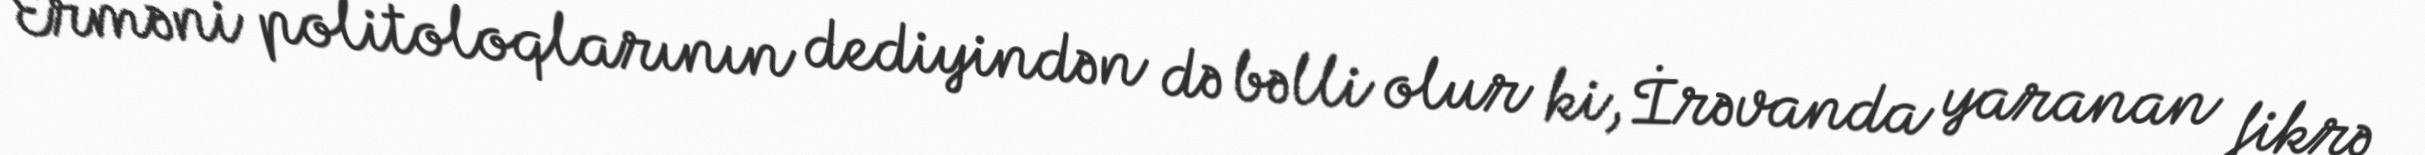
Erməni politoloqlarının dediyindən də bəlli olur ki, İrəvanda yaranan fikrə